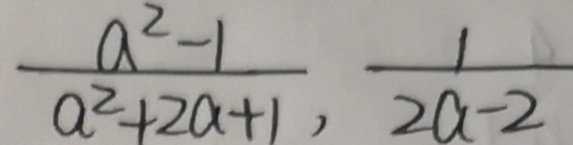
\frac { a ^ { 2 } - 1 } { a ^ { 2 } + 2 a + 1 } , \frac { 1 } { 2 a - 2 }